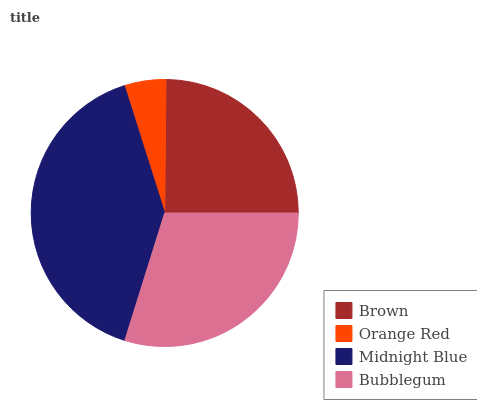
| Brown | Orange Red | Midnight Blue | Bubblegum |
 | --- | --- | --- | --- |
 | 24.9% | 5.04% | 40.3% | 29.8% |